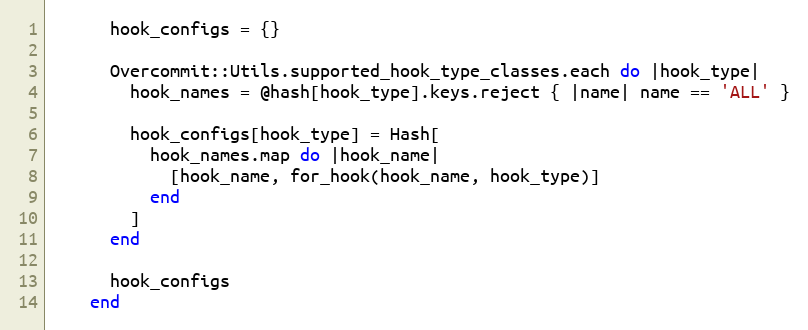
Language: Ruby
      hook_configs = {}

      Overcommit::Utils.supported_hook_type_classes.each do |hook_type|
        hook_names = @hash[hook_type].keys.reject { |name| name == 'ALL' }

        hook_configs[hook_type] = Hash[
          hook_names.map do |hook_name|
            [hook_name, for_hook(hook_name, hook_type)]
          end
        ]
      end

      hook_configs
    end